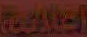
العالمية